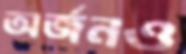
অর্জনও